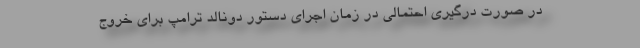
در صورت درگیری احتمالی در زمان اجرای دستور دونالد ترامپ برای خروج